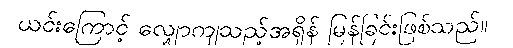
ယင်းကြောင့် လျှောကျသည့်အရှိန် မြန်ခြင်းဖြစ်သည်။